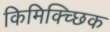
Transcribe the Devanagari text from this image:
किमिक्च्छिक